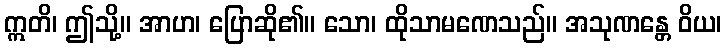
ဣတိ၊ ဤသို့။ အာဟ၊ ပြောဆို၏။ သော၊ ထိုသာမဏေသည်။ အသုဏန္တေ ဝိယ၊